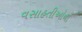
વસાહતીઓના